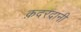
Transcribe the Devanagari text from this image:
क़दरदानी